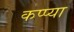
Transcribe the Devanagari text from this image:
कप्प्या